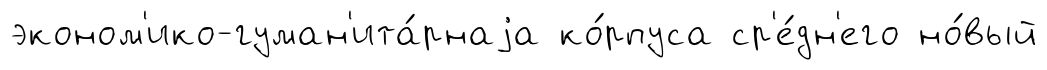
эконом'ико-гуман'ита́рнаjа ко́рпуса ср'е́дн'его но́вый